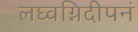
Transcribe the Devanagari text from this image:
लघ्वग्निदीपनं